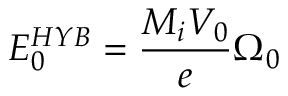
E _ { 0 } ^ { H Y B } = \frac { M _ { i } V _ { 0 } } { e } \Omega _ { 0 }